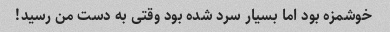
خوشمزه بود اما بسیار سرد شده بود وقتی به دست من رسید!